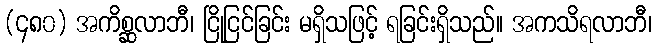
(၄၈၀) အကိစ္ဆလာဘီ၊ ငြိုငြင်ခြင်း မရှိသဖြင့် ရခြင်းရှိသည်။ အကသိရလာဘီ၊